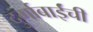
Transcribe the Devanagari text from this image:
दुर्गाबाईंची